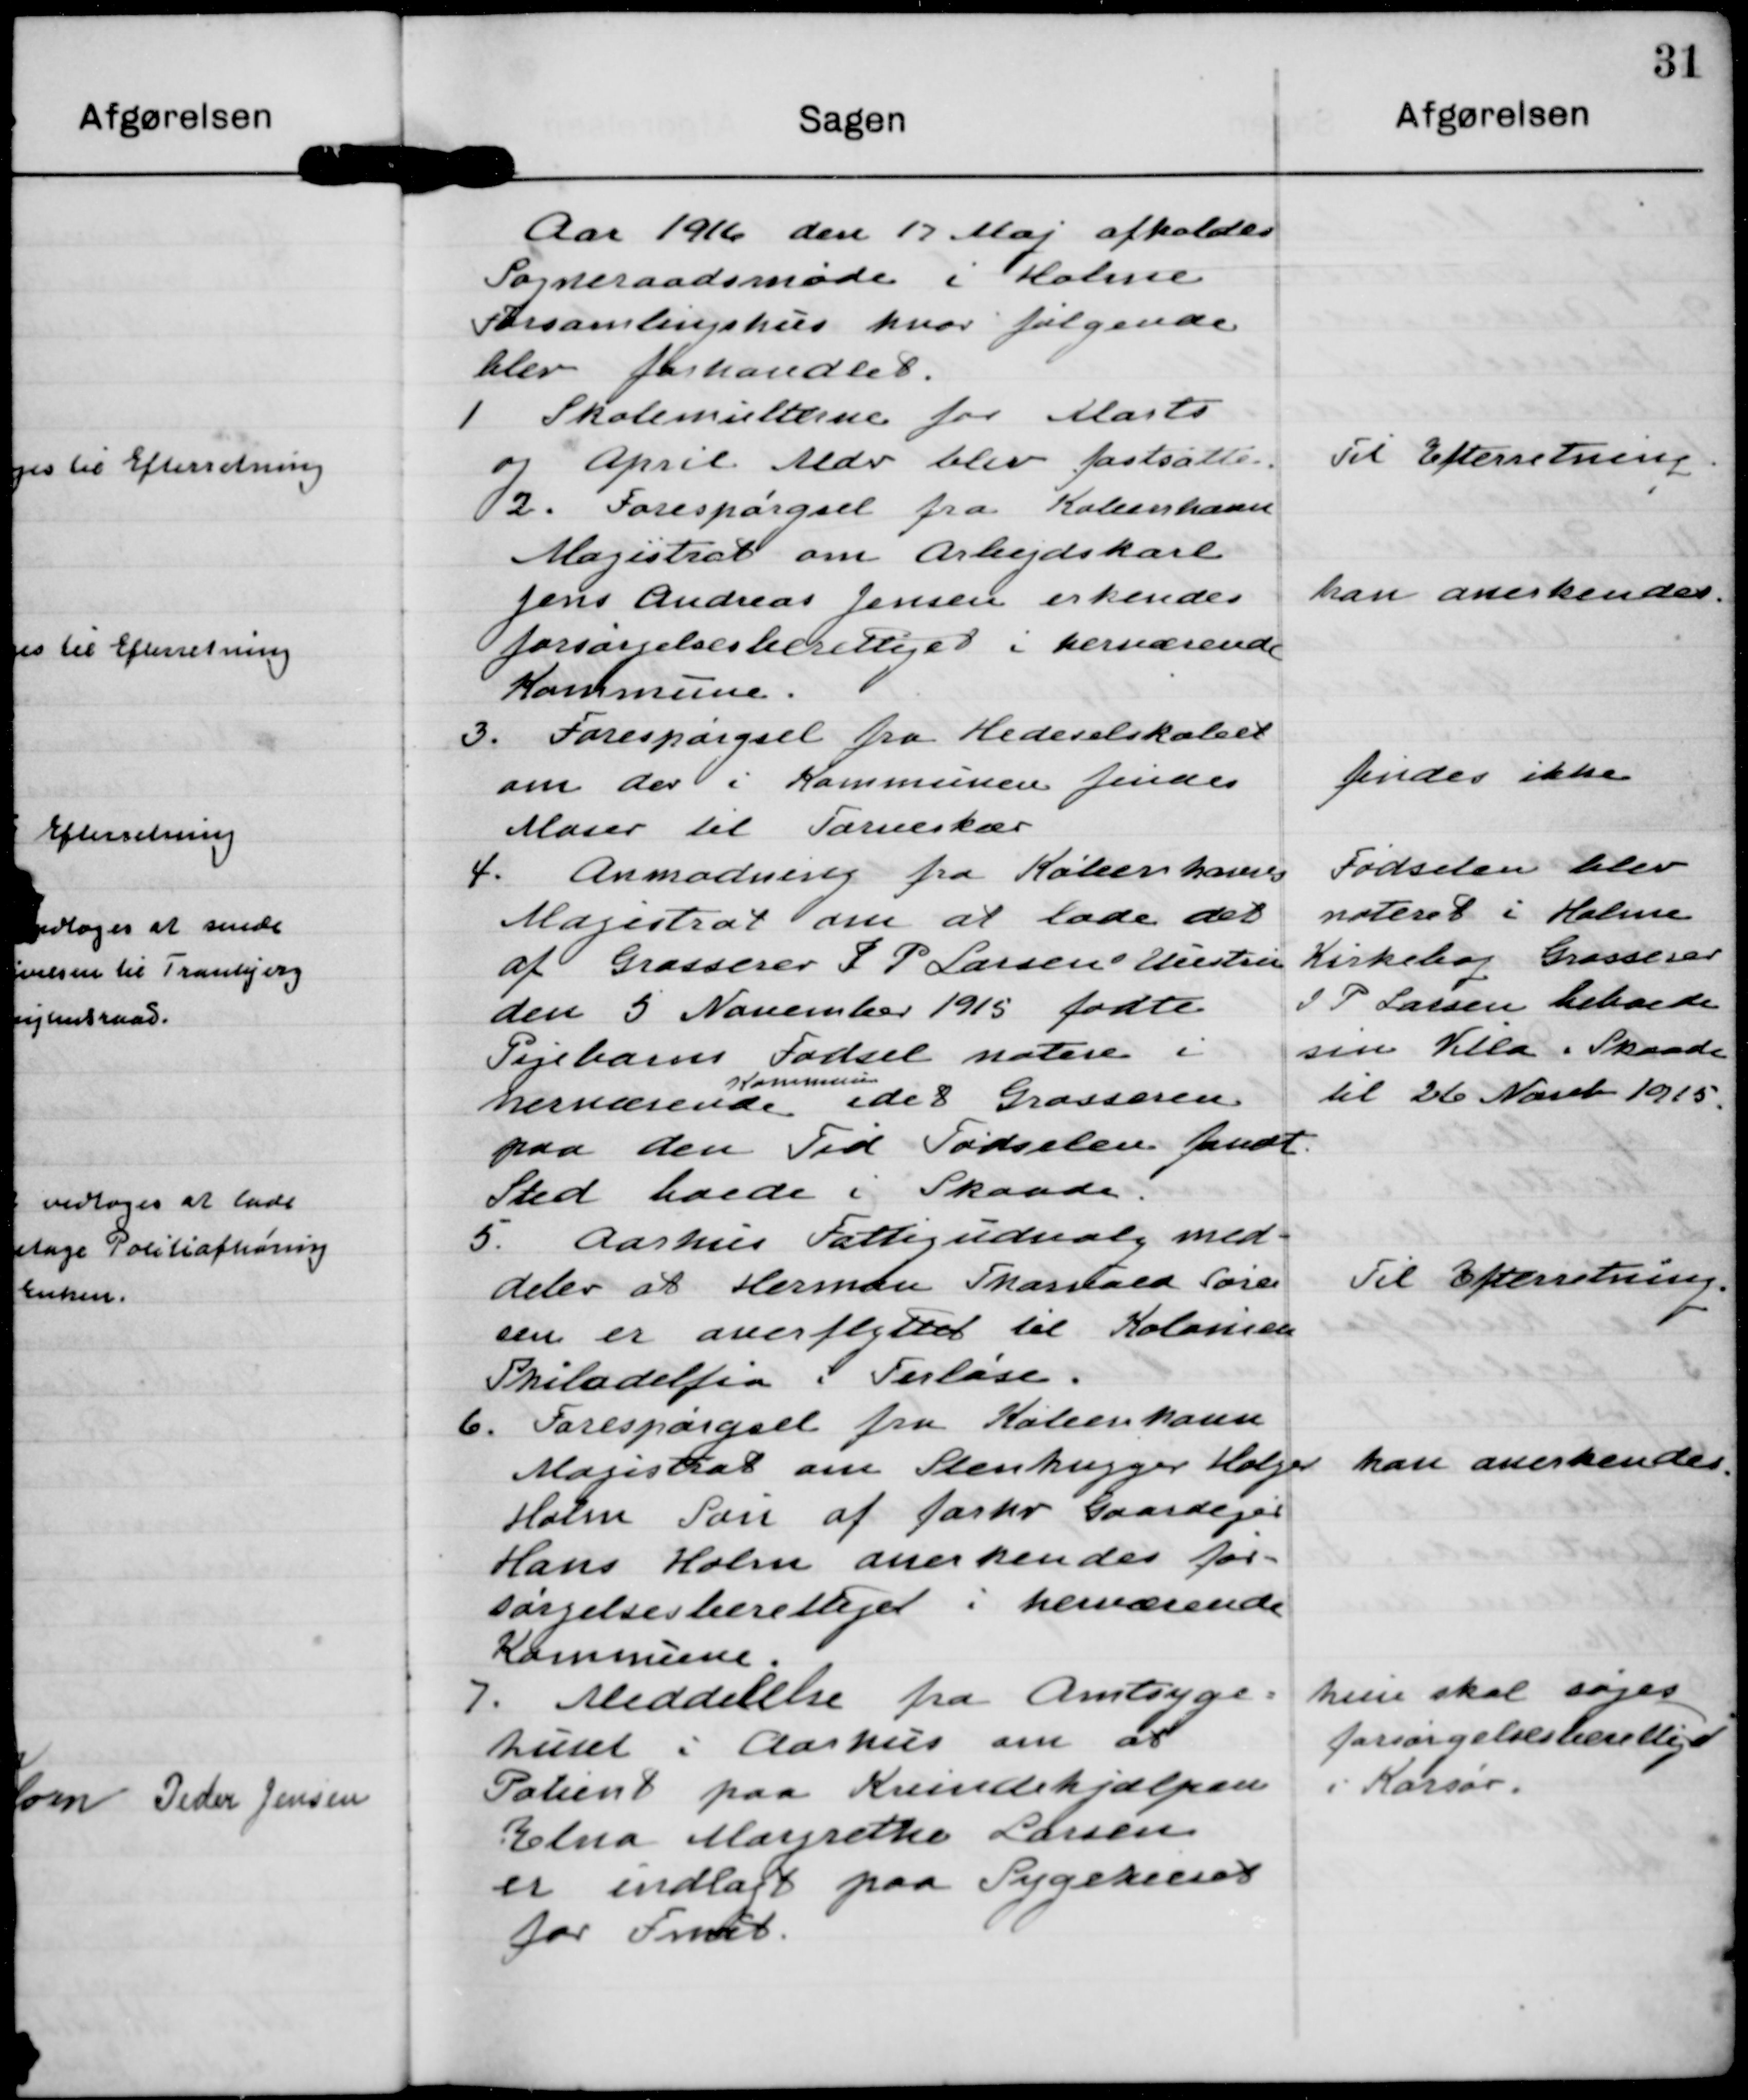
Transskription:
Aar 1912 den 17 Maj afholdes
Sogneraadsmøde i Holme
Forsamlingshus hvor følgende
blev forhandlet.

1 Skolemellerne for Marts
og April Aldr blev fastsatte.

Til Efterretning.

2. Forespørgsel fra Koleenhann
Magistrat om Arbejdskarl
Jens Andreas Jensen erkendes
forsønelsesberettiget i hernærende
Kommune.

han anerkendes.

3. Forespørgsel fra Hedeselskabet
om der i Kommunen findes
Moser til Tarneskær

jendes ikke

4. Anmodning fra Køben havns
Magistrat om at lade det
af Grasserer S P Larsens Mestru
den 5 Novvember 1915 fødte
Pejebarns Fødsel notere i
Kommune
nerværende idet Grasseren
paa den Ted Fødselen fndt
Sted boede i Skaade:

Fødselen Elev
noteret i Holme
Kirkebog Grasseser
I P Larsen behoede
sin Villai Skaade
til 26' Næsel 1915

5. Aarhus Fattigudsvalg med-
deler at Herman Thantald Fore
sen er onerflyttet til Kolonsen
Skiladelfea i Ferløse.

Til Efterretning

6. Forespørgsel fra Købeenhavn
Mageskat om Stenhægger Holger
Holm Søn af Jarhv Gaardejer
Hans Holm anerkendes for-
sørgelsesberettiget i herværende
Kommune.

kan anerkende

I. Meddelelse fra Amtsyge.
huset i Aarhus om at
Palent paa Krindehjælper
Elna Margrethe Lersen
er indlagt paa Sygekssos
for Imab

hun skal søges
forsørgelsesberettiget
i Kasser.